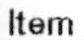
ITEM